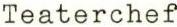
Teaterchef